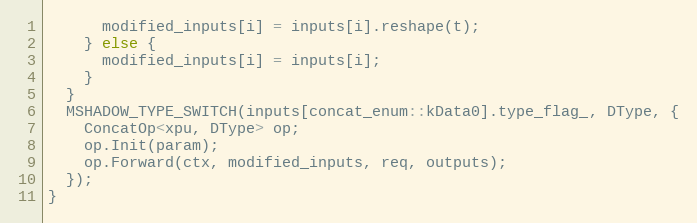
Language: C
      modified_inputs[i] = inputs[i].reshape(t);
    } else {
      modified_inputs[i] = inputs[i];
    }
  }
  MSHADOW_TYPE_SWITCH(inputs[concat_enum::kData0].type_flag_, DType, {
    ConcatOp<xpu, DType> op;
    op.Init(param);
    op.Forward(ctx, modified_inputs, req, outputs);
  });
}